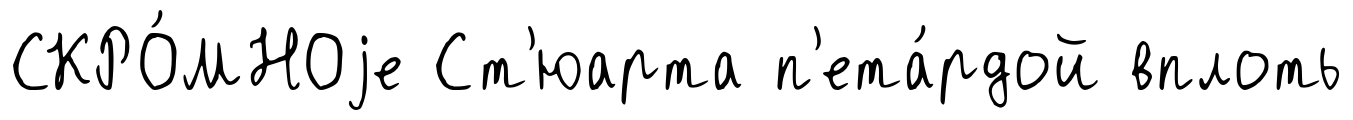
СКРО́МНОjе Ст'юарта п'ета́рдой вплоть